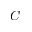
C